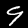
Digit: 9